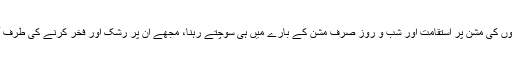
اِن دونوں باجیوں کی مشن پر اِستقامت اور شب و روز صرف مشن کے بارے میں ہی سوچتے رہنا، مجھے ان پر رشک اور فخر کرنے کی طرف آمادہ کرتا تھا۔